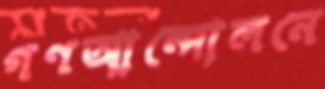
গণআন্দোলনে